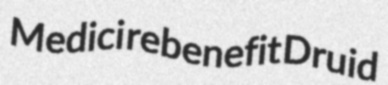
Medici rebenefit Druid